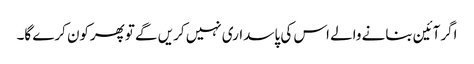
اگرآئین بنانے والے اس کی پاسداری نہیں کریں گے توپھرکون کرے گا۔